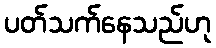
ပတ်သက်နေသည်ဟု